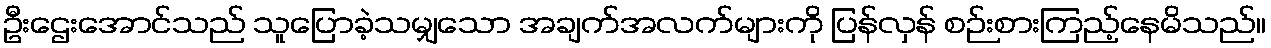
ဦးဌေးအောင်သည် သူပြောခဲ့သမျှသော အချက်အလက်များကို ပြန်လှန် စဉ်းစားကြည့်နေမိသည်။